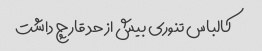
کالباس تنوری بیش از حد قارچ داشت